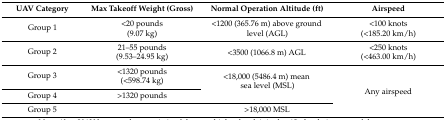
<table><thead><tr><td><b>UAV Category</b></td><td><b>Max Takeoff Weight (Gross)</b></td><td><b>Normal Operation Altitude (ft)</b></td><td><b>Airspeed</b></td></tr></thead><tbody><tr><td rowspan="2">Group 1</td><td>&lt;20 pounds </td><td rowspan="2">&lt;1200 (365.76 m) above ground level (AGL)</td><td>&lt;100 knots</td></tr><tr><td>(9.07 kg)</td><td>(&lt;185.20 km/h)</td></tr><tr><td rowspan="2">Group 2</td><td>21–55 pounds </td><td rowspan="2">&lt;3500 (1066.8 m) AGL</td><td>&lt;250 knots</td></tr><tr><td>(9.53–24.95 kg)</td><td>(&lt;463.00 km/h)</td></tr><tr><td rowspan="2">Group 3</td><td>&lt;1320 pounds </td><td rowspan="3">&lt;18,000 (5486.4 m) mean sea level (MSL)</td><td rowspan="4">Any airspeed</td></tr><tr><td>(&lt;598.74 kg)</td></tr><tr><td>Group 4</td><td>&gt;1320 pounds</td></tr><tr><td>Group 5</td><td></td><td>&gt;18,000 MSL</td></tr></tbody></table>